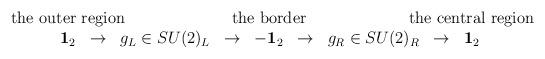
LaTeX: \begin{align*}\begin{array}{ccccccccc}\makebox[0em][c]{the outer region}&&&&\makebox[0em][c]{the border}&&&&\makebox[0em][c]{the central region}\\{\bf1}_2& \rightarrow & g_L\in SU(2)_L& \rightarrow & -{\bf1}_2& \rightarrow & g_R\in SU(2)_R& \rightarrow & {\bf1}_2\end{array}\end{align*}